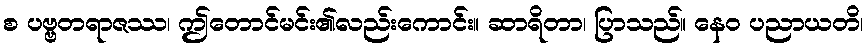
စ ပဗ္ဗတရာဇဿ၊ ဤတောင်မင်း၏လည်းကောင်း။ ဆာရိတာ၊ ပြာသည်။ နေဝ ပညာယတိ၊